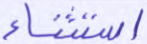
استثناء